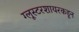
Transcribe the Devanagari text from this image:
ग्लूस्टरशायरकडून